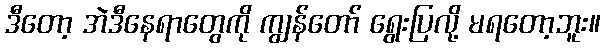
ဒီတော့ အဲဒီနေရာတွေကို ကျွန်တော် ရွေးပြလို့ မရတော့ဘူး။